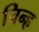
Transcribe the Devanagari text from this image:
चिन्ह्र